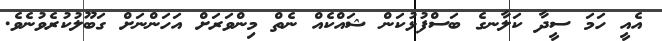
އެއީ ހަމަ ސީދާ ކަލާނގެ ބަސްފުޅުކަން ޝައްކެއް ނެތް މިންވަރަށް އަހަންނަށް ގަބޫލުކުރެވުނެވެ.